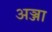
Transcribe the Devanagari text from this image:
अञ्जा